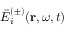
\bar { E } _ { i } ^ { ( \pm ) } ( \mathbf { r } , \omega , t )